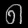
Digit: ၈